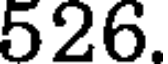
526.